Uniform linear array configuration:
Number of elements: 4
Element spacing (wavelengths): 0.5
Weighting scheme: hamming
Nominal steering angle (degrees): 45
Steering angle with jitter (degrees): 43.087
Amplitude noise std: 0.05
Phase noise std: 0.05

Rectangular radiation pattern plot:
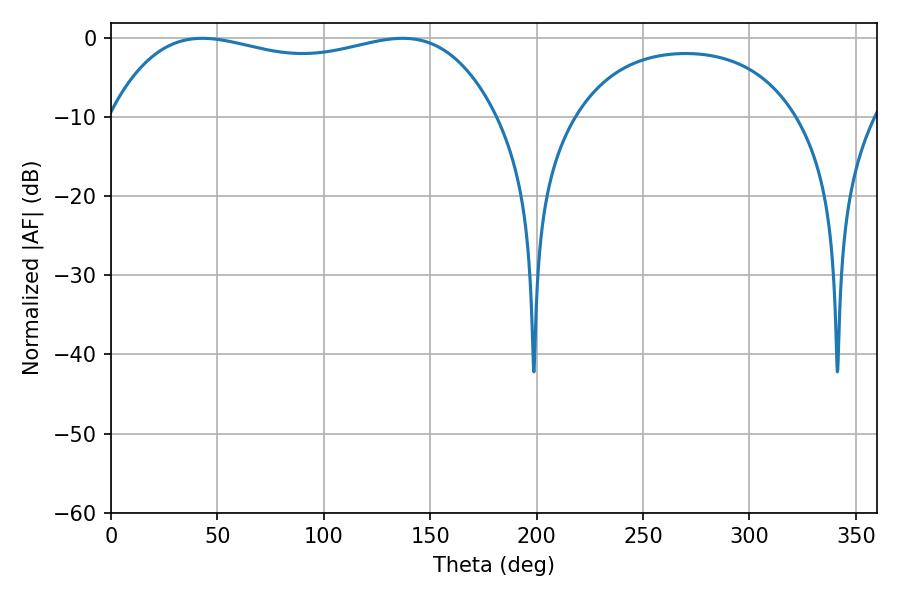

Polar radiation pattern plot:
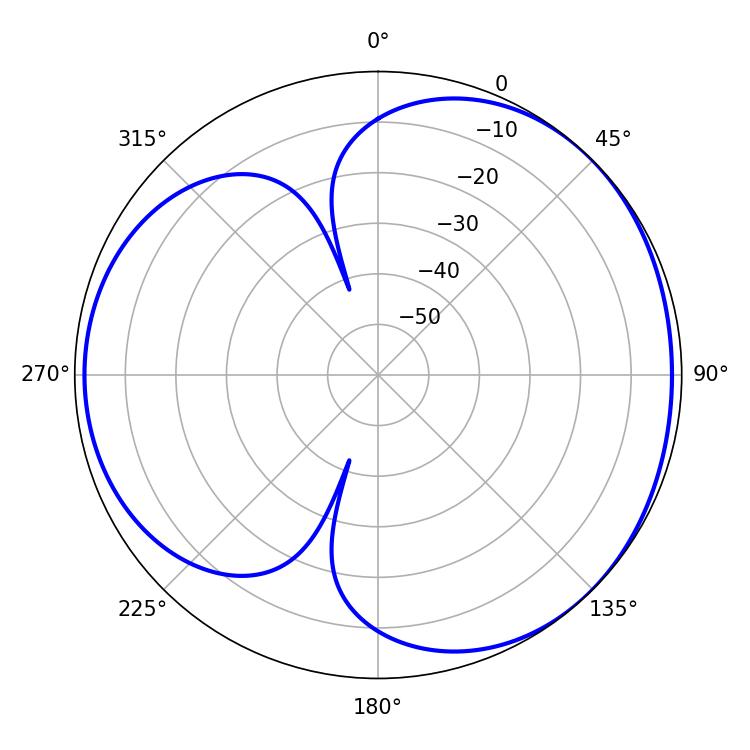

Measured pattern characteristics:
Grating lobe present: FALSE
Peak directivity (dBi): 3.713
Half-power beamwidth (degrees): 146.88
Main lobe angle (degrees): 43.02